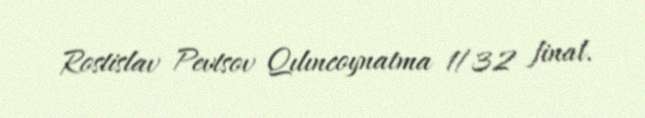
Rostislav Pevtsov Qılıncoynatma 1/32 final.